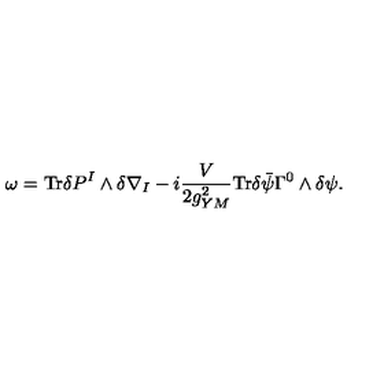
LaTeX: \omega = \mathrm { T r } \delta P ^ { I } \wedge \delta \nabla _ { I } - i \frac { V } { 2 g _ { Y M } ^ { 2 } } \mathrm { T r } \delta \bar { \psi } \Gamma ^ { 0 } \wedge \delta \psi .